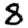
Digit: 8